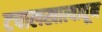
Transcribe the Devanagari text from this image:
टपालखात्यातून